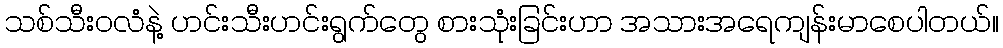
သစ်သီးဝလံနဲ့ ဟင်းသီးဟင်းရွက်တွေ စားသုံးခြင်းဟာ အသားအရေကျန်းမာစေပါတယ်။